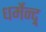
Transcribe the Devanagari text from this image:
धर्मेन्द्र्